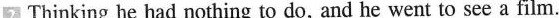
2 Thinking he had nothing to do, and he went to see a film.